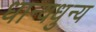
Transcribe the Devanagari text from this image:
धान्यधुन्य